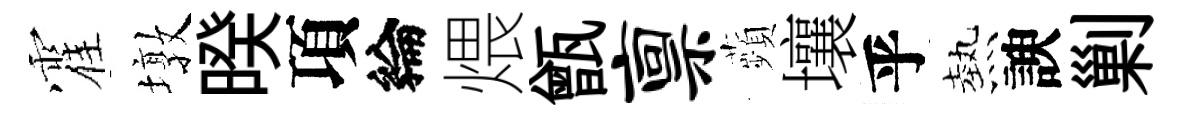
霍墩暌項綸煨甑禀蘋壤乎熱諛剿